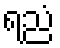
ရညံ